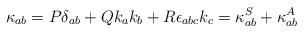
LaTeX: \begin{align*}\kappa_{ab}=P\delta_{ab} + Qk_ak_b +R\epsilon_{abc}k_c= \kappa^S_{ab}+\kappa^A_{ab}\end{align*}